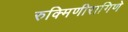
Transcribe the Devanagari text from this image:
रुक्मिणीरागिणे